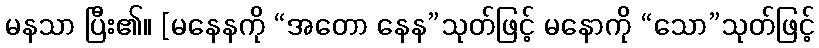
မနသာ ပြီး၏။ [မနေနကို “အတော နေန”သုတ်ဖြင့် မနောကို “သော”သုတ်ဖြင့်